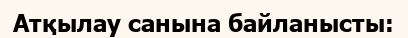
Атқылау санына байланысты: